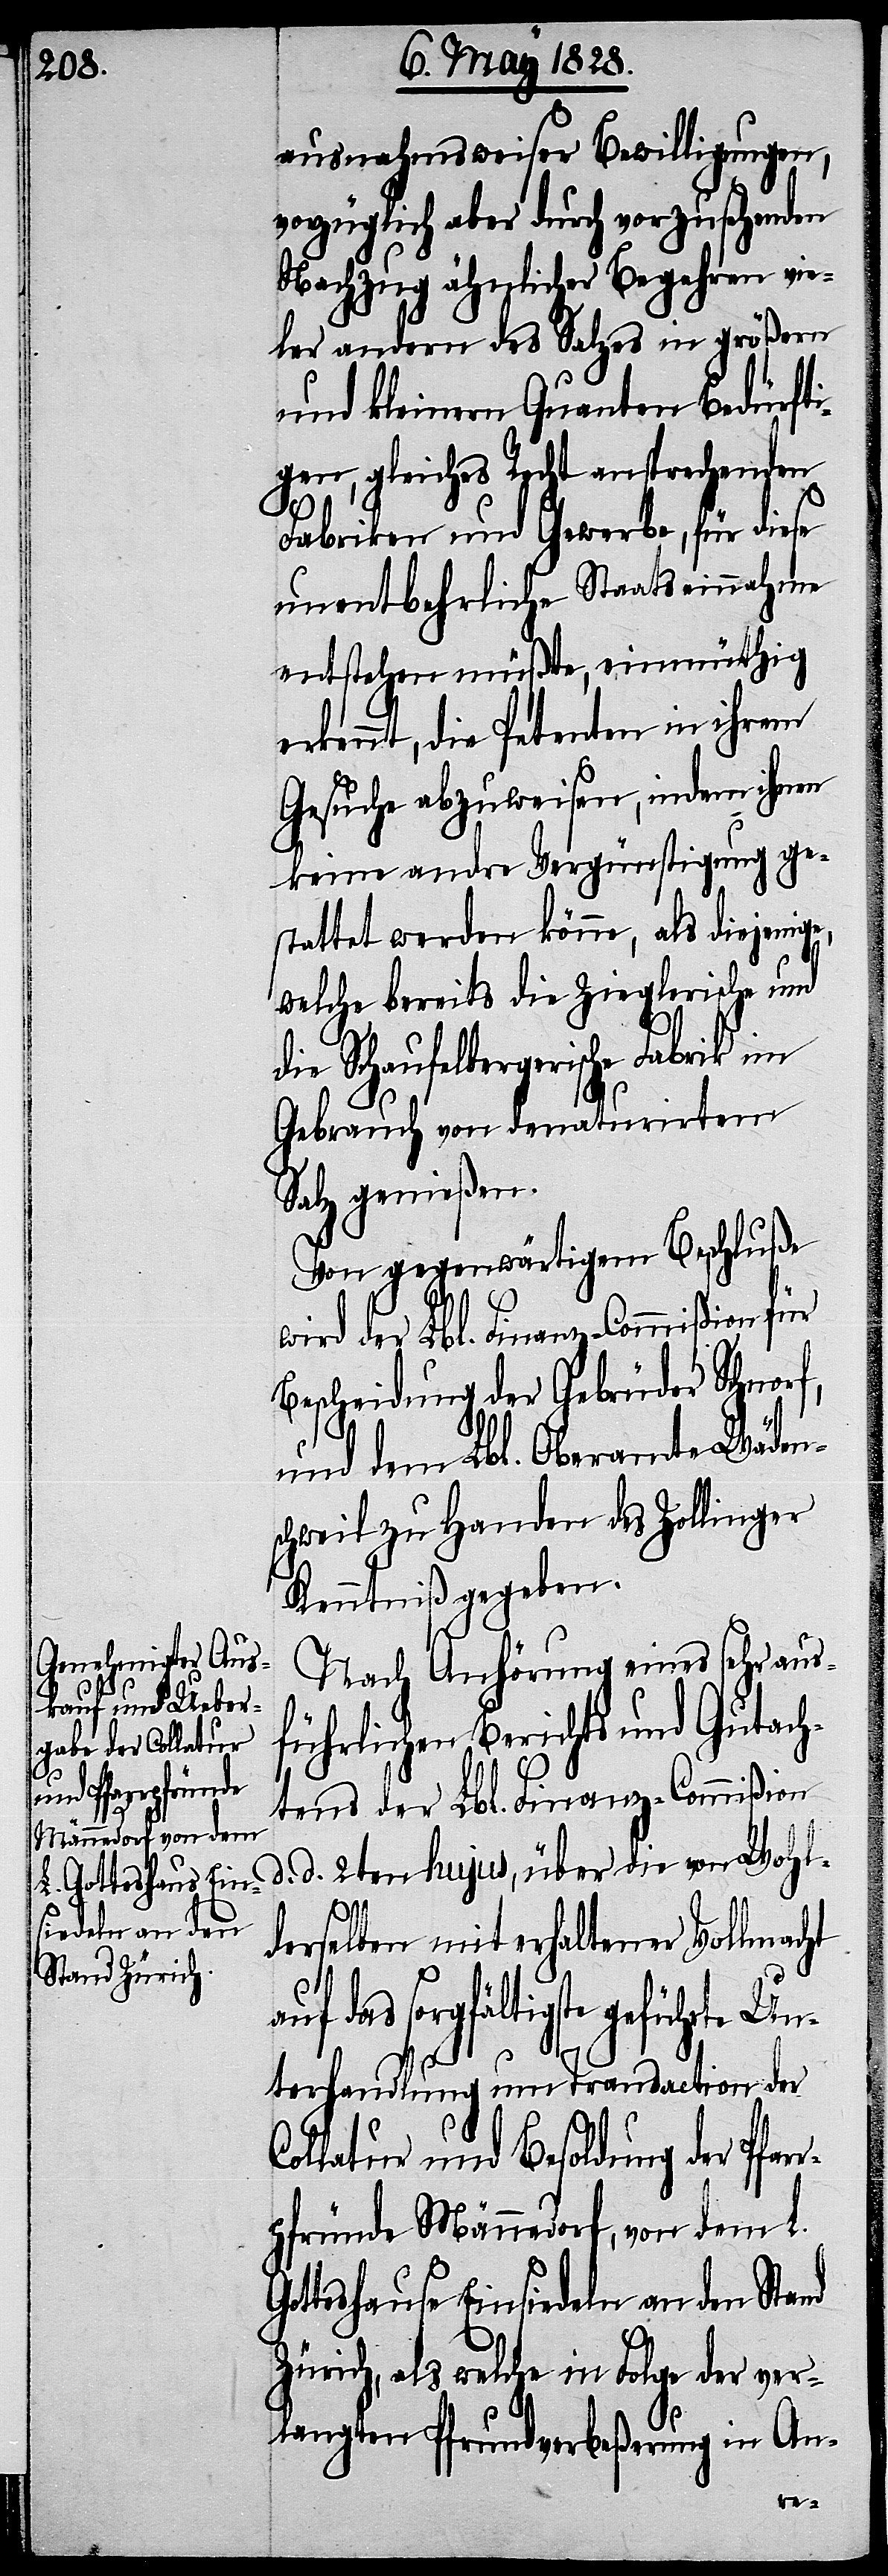
rpfründe in
Männedorf, von dem

ausnahmsweiser Bewilligungen,
vorzüglich aber durch vorzusehenden
Nachzug ähnlicher Begehren vie¬
ler andern des Salzes in größern
und kleinern Quanten Bedürfti¬
gen, gleiches Recht entsprechenden
Fabriken und Gewerbe, für diese
unentbehrliche Staateinnahme
entstehen müßte, einmüthig
erkennt, die Petenten in ihrem
Gesuche abzuweisen, indem ihnen
keine andre Vergünstigung ge¬
stattet werden könne, als diejenige,
welche bereits die Zieglerische und
die Schaufelbergerische Fabrik im
Gebrauch von denaturirtem
Salz genießen.
Von gegenwärtigem Beschluße
wird der Lbl. Finanz-Commißion für
Bescheidung der Gebrüder Schnorf,
und dem Lbl. Oberamte Wäden¬
schweil zu Handen des Zollinger
Kenntniß gegeben.
Nach Anhörung eines sehr aus¬
führlichen Berichts und Gutach¬
tens der Lbl. Finanz-Commißion
d. d. 2ten hujus, über die von Wohl¬
Go¬
derselben mit erhaltener Vollmacht
das sorgfältigste geführte Un¬
terhandlung um Transaction der
Collatur und Besoldung der Pfar¬
tteshause Einsiedeln an den Stand
Zürich, als welche in Folge der ver¬
langten Pfrundverbeßerung in An-